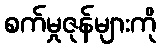
စက်မှုဇုန်များကို